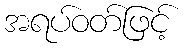
အရပ်ဝတ်ဖြင့်